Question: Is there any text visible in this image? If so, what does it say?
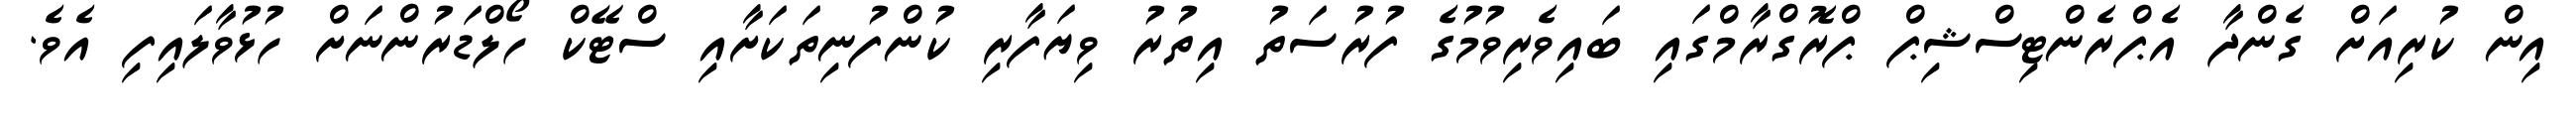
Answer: އިން ކުރިއަށް ގެންދާ އެޕްރެންޓިސްޝިޕް ޕްރޮގްރާމްގައި ބައިވެރިވުމުގެ ފުރުސަތު އިތުރު ވިޔަފާރި ކުންފުނިތަކަށާއި ސްޓޭކް ހޯލްޑަރުންނަށް ހުޅުވާލައިފި އެވެ.